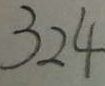
3 2 4